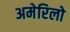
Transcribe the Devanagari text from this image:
अमेरिलो